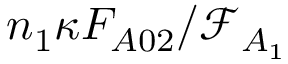
n _ { 1 } \kappa F _ { A 0 2 } / \mathcal { F } _ { A _ { 1 } }